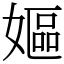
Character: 嫗